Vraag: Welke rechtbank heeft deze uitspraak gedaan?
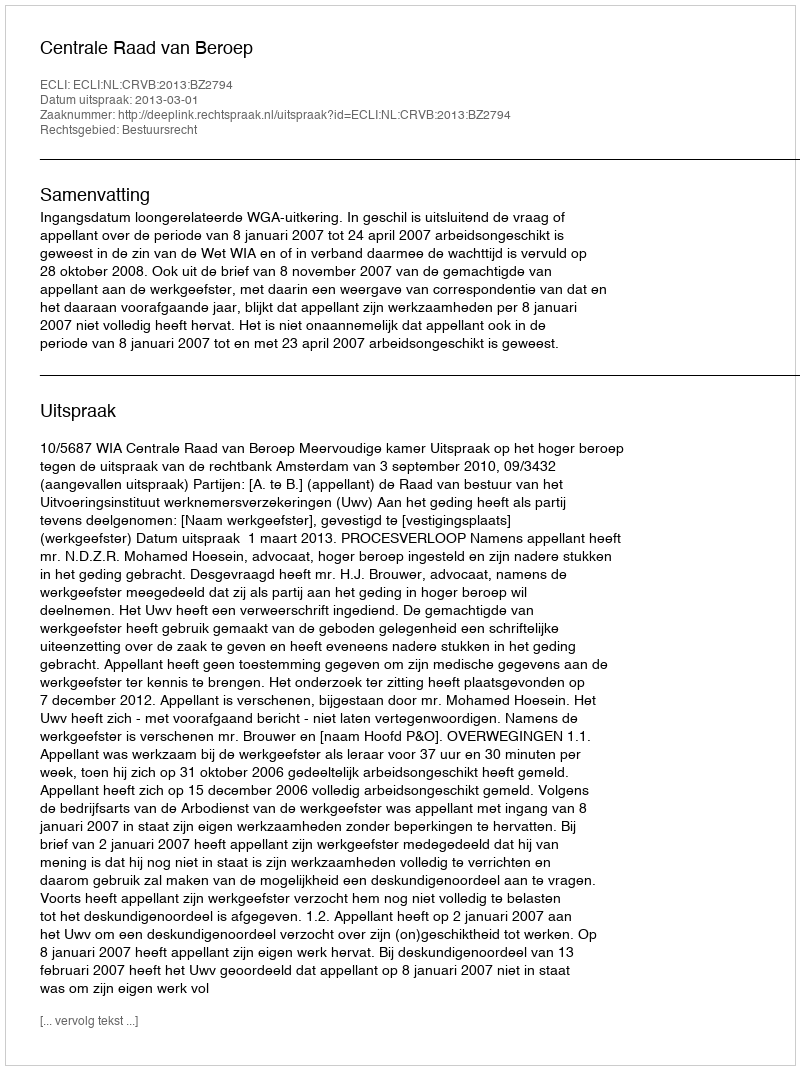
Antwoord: Centrale Raad van Beroep